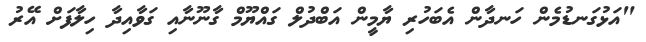
"އަޅުގަނޑުމެން ހަނދާން އެބަހުރި ޔާމީން އަބްދުލް ގައްޔޫމް ގާނޫނާއި ގަވާއިދާ ހިލާފަށް އޭރު